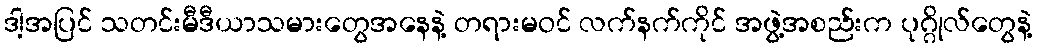
ဒါ့အပြင် သတင်းမီဒီယာသမားတွေအနေနဲ့ တရားမဝင် လက်နက်ကိုင် အဖွဲ့အစည်းက ပုဂ္ဂိုလ်တွေနဲ့